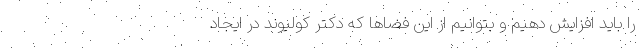
را باید افزایش دهیم و بتوانیم از این فضاها که دکتر کولیوند در ایجاد